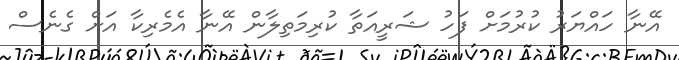
އޭނާ ހައްޔަރު ކުރުމަށް ފަހު ޝަރީއަތާ ކުރިމަތިލާން އޭނާ އެމެރިކާ އަށް ގެނެސް